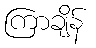
ကြာချိန်